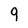
Character: 9